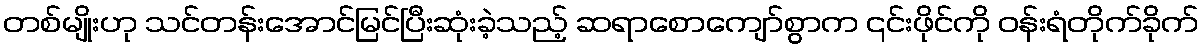
တစ်မျိုးဟု သင်တန်းအောင်မြင်ပြီးဆုံးခဲ့သည့် ဆရာစောကျော်စွာက ၎င်းဖိုင်ကို ဝန်းရံတိုက်ခိုက်